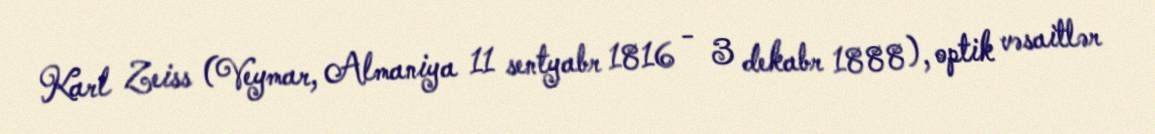
Karl Zeiss (Veymar, Almaniya 11 sentyabr 1816 - 3 dekabr 1888), optik vəsaitlər